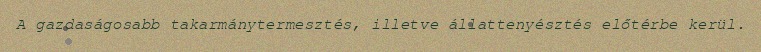
A gazdaságosabb takarmánytermesztés, illetve állattenyésztés előtérbe kerül.